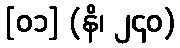
[၀၁] (နိ၊ ၂၄၀)